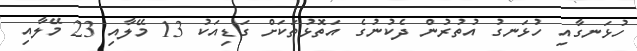
ހުޅަނގާއި ހުޅަނގު އުތުރުން ދެކުނުގެ އަތޮޅުތަކަށް ގަޑިއަކު 13 މޭލާއި 23 މޭލާއި